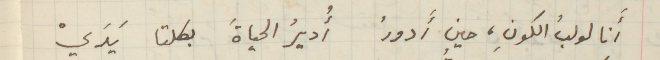
أَنا لولبُ الكونِ، حين أدورُ أُديرُ الحياةَ بكلتا يَدَيْ